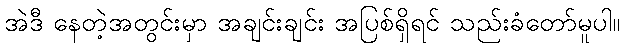
အဲဒီ နေတဲ့အတွင်းမှာ အချင်းချင်း အပြစ်ရှိရင် သည်းခံတော်မူပါ။